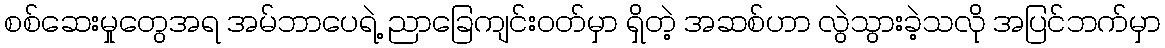
စစ်ဆေးမှုတွေအရ အမ်ဘာပေရဲ့ ညာခြေကျင်းဝတ်မှာ ရှိတဲ့ အဆစ်ဟာ လွဲသွားခဲ့သလို အပြင်ဘက်မှာ